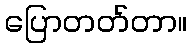
ပြောတတ်တာ။